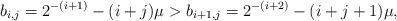
LaTeX: \begin{align*}b_{i,j} = 2^{-(i + 1)} - (i + j)\mu >b_{i+1,j} = 2^{-(i+2)} - (i + j + 1)\mu,\end{align*}